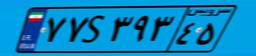
۶۷S۶۲۵۰۰